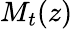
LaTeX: M_{t}(z)